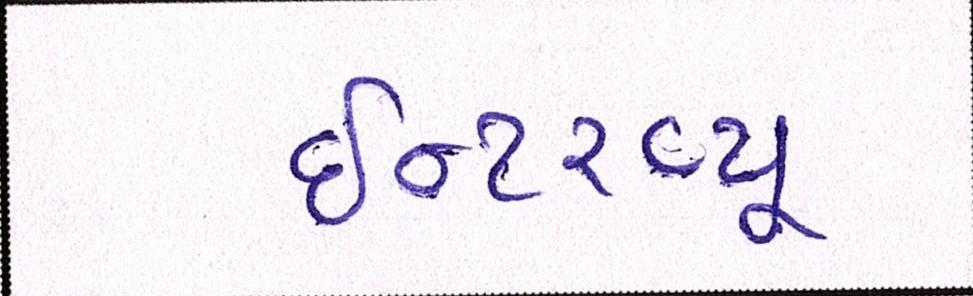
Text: ઈન્ટરવ્યૂ